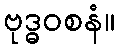
ဗုဒ္ဓဝစနံ။